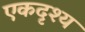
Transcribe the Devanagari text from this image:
एकदृश्य